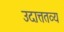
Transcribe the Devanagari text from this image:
उदात्ततव्य